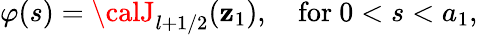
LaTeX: \varphi(s)={\calJ}_{l+1/2}(\mathbf{z}_{1}),\quad\mathrm{{for}}\ 0<s<a_{1},